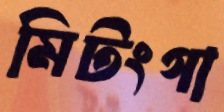
মিটংগা